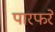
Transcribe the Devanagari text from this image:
पारफरे